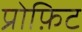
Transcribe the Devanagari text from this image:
प्रोफ़िट